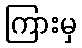
ကြားမှ